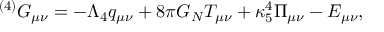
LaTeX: { } ^ { ( 4 ) } G _ { \mu \nu } = - \Lambda _ { 4 } q _ { \mu \nu } + 8 \pi G _ { N } T _ { \mu \nu } + \kappa _ { 5 } ^ { 4 } \Pi _ { \mu \nu } - E _ { \mu \nu } ,